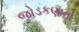
જોડકણાનો